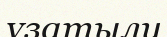
ұзатылу